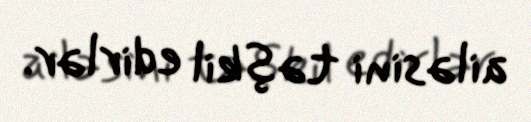
ailəsini təşkil edirlər.